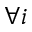
\forall i